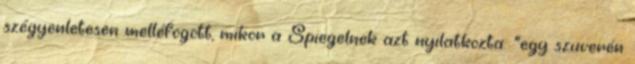
szégyenletesen melléfogott, mikor a Spiegelnek azt nyilatkozta: "egy szuverén